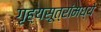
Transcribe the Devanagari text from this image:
गृह्यसूत्रांमध्ये